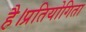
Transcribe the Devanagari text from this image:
है।प्रतियोगिता